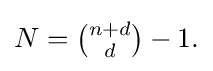
{\textstyle N={\binom {n+d}{d}}-1.}